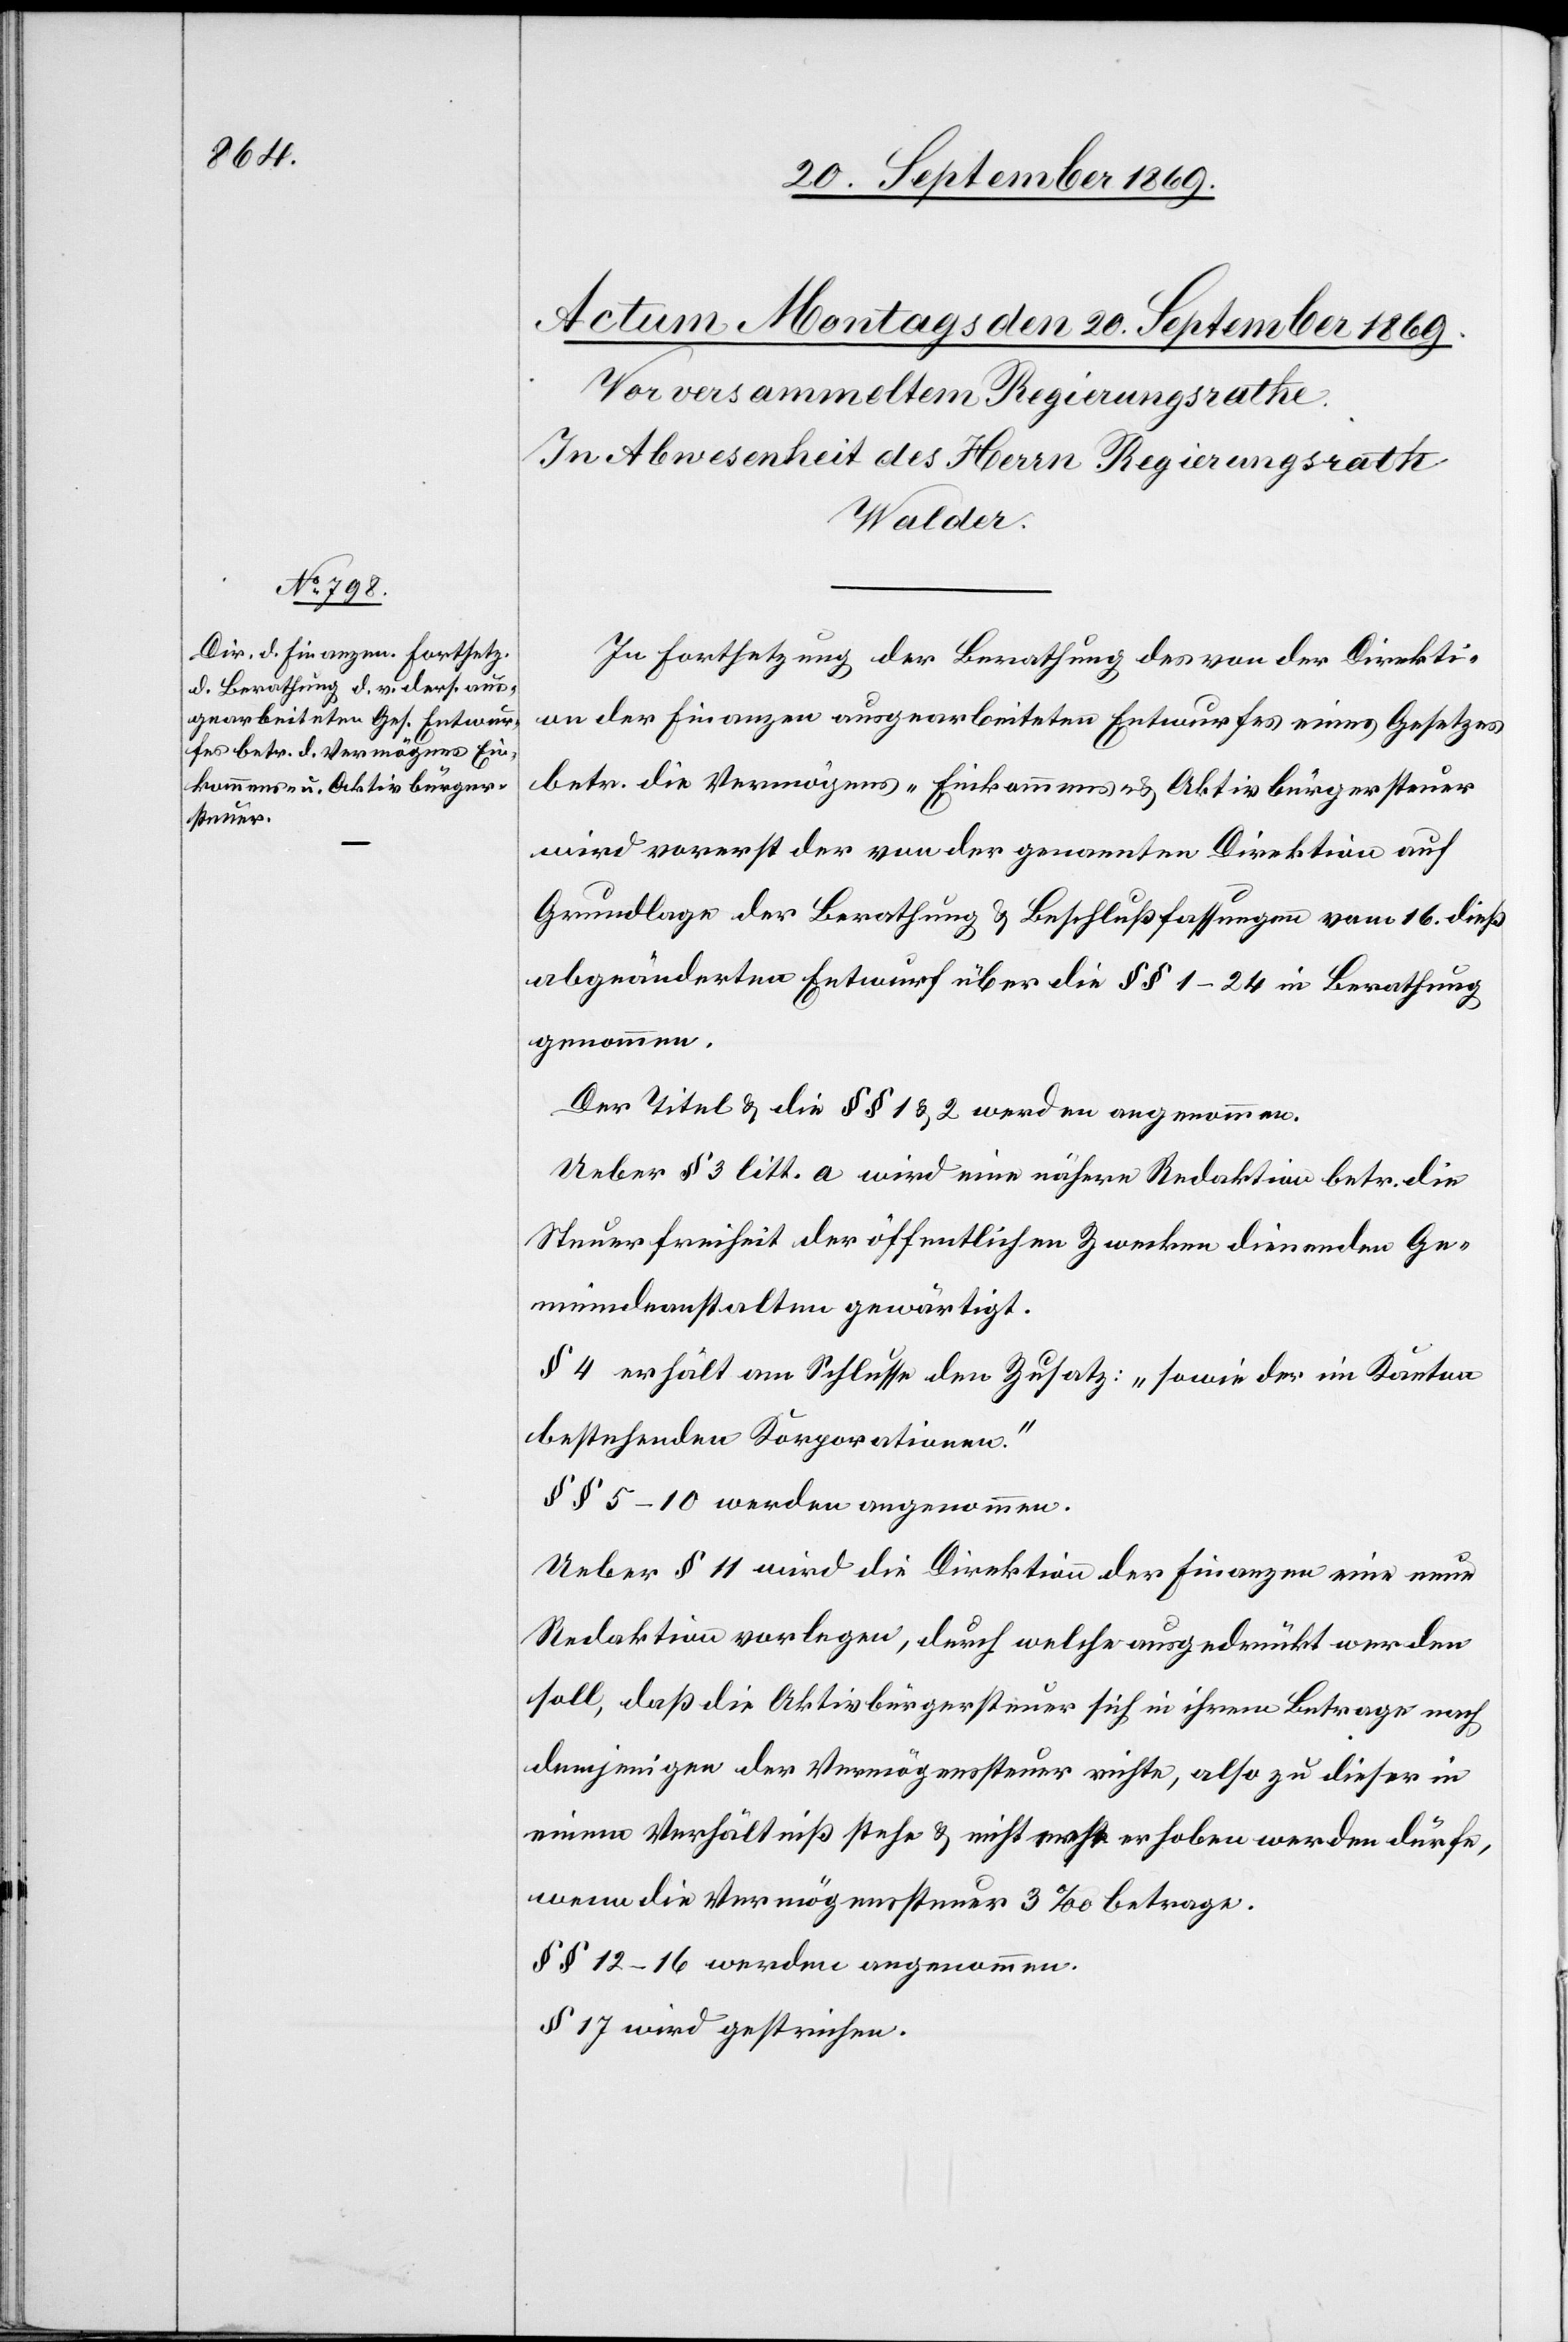
In Fortsetzung der Berathung des von der Direkti¬
on der Finanzen ausgearbeiteten Entwurfes eines Gesetzes
betr. die Vermögens- Einkommens- & Aktivbürgersteuer
wird vorerst der von der genannten Direktion auf
Grundlage der Berathung & Beschlußfassungen vom 16. dieß
abgeänderten [sic!] Entwurf über die §§ 1–24 in Berathung
genommen.
Der Titel & die §§ 1 & 2 werden angenommen.
Ueber § 3 litt. a wird eine nähere Redaktion betr. die
Steuerfreiheit der öffentlichen Zwecken dienenden Ge¬
meindeanstalten gewärtigt.
§ 4 erhält am Schlusse den Zusatz: „sowie der im Kanton
bestehenden Korporationen.“
§§ 5–10 werden angenommen.
Ueber § 11 wird die Direktion der Finanzen eine neue
Redaktion vorlegen, durch welche ausgedrückt werden
soll, daß die Aktivbürgersteuer sich in ihrem Betrage nach
demjenigen der Vermögenssteuer richte, also zu dieser in
einem Verhältniß stehe & nicht mehr erhoben werden dürfe,
wenn die Vermögenssteuer 3‰ betrage.
§§ 12–16 werden angenommen.
§ 17 wird gestrichen.